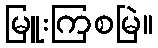
မြူးကြစမြဲ။